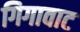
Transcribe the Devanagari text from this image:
गिगावाट